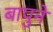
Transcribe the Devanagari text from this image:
बापुने